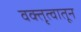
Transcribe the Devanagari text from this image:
वक्तृत्वातून